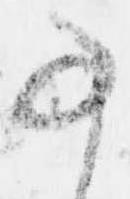
事